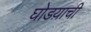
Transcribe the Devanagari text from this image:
घोडय़ाची